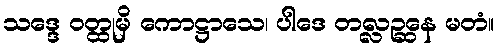
သဒ္ဒေ ဝတ္ထုမှိ ကောဋ္ဌာသေ၊ ပါဒေ တလ္လဉ္ဆနေ မတံ။